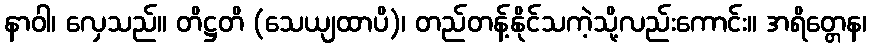
နာဝါ၊ လှေသည်။ တိဋ္ဌတိ (သေယျထာပိ)၊ တည်တန့်နိုင်သကဲ့သို့လည်းကောင်း။ အရိတ္တေန၊